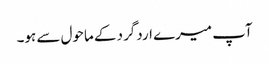
آپ میرے اردگرد کے ماحول سے ہو۔